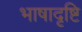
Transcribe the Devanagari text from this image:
भाषादृष्टि